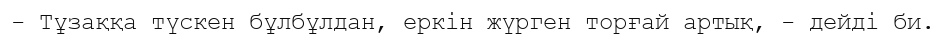
- Тұзаққа түскен бұлбұлдан, еркін жүрген торғай артық, - дейді би.